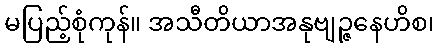
မပြည့်စုံကုန်။ အသီတိယာအနုဗျဉ္ဇနေဟိစ၊